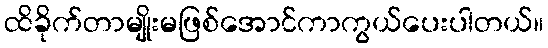
ထိခိုက်တာမျိုးမဖြစ်အောင်ကာကွယ်ပေးပါတယ်။